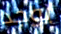
يوجد